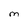
Character: M